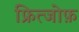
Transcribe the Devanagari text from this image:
फ्रित्जोफ़